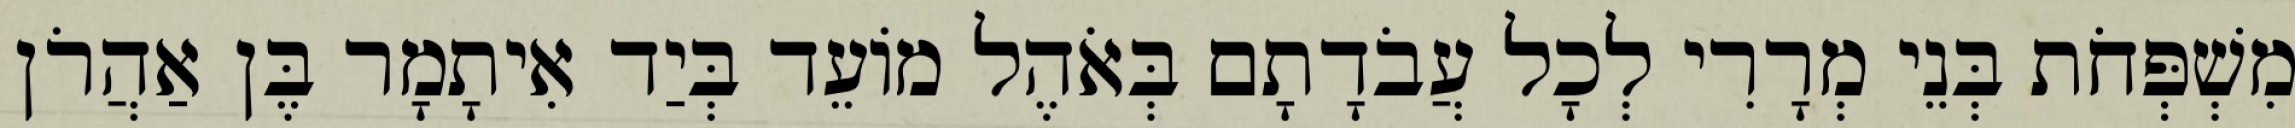
מִשְׁפְּחֹת בְּנֵי מְרָרִי לְכָל עֲבֹדָתָם בְּאֹהֶל מוֹעֵד בְּיַד אִיתָמָר בֶּן אַהֲרֹן